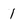
Character: 1